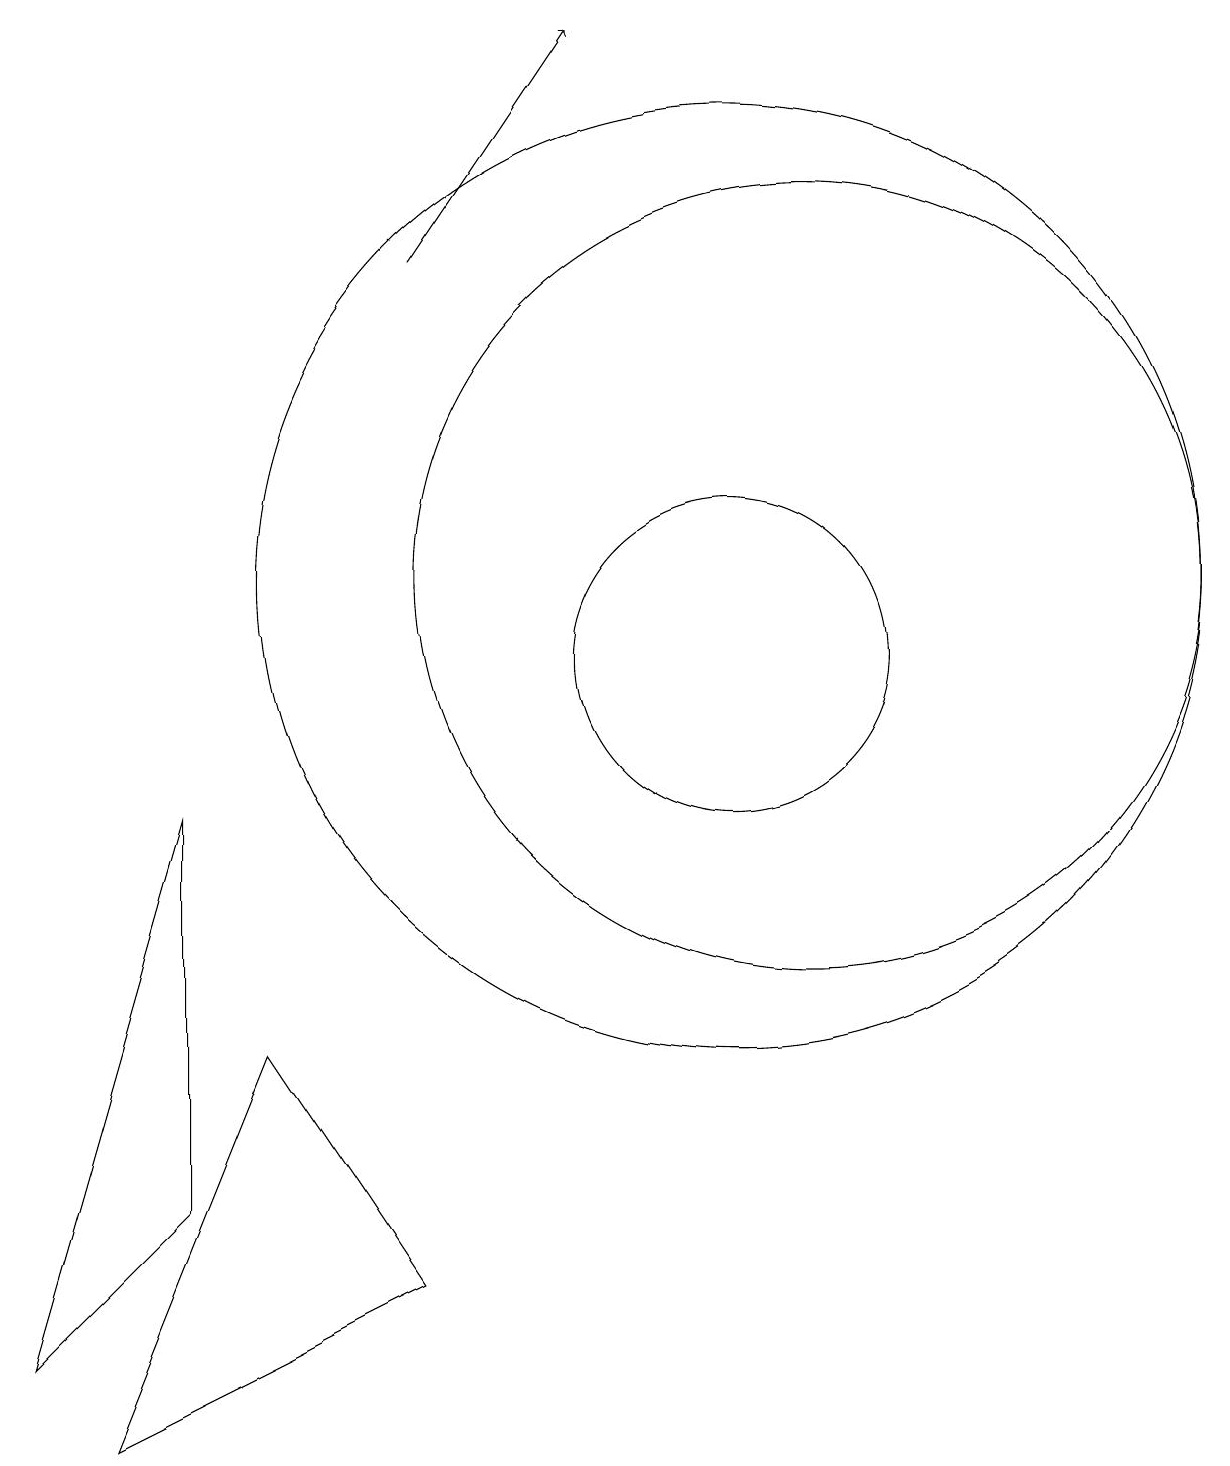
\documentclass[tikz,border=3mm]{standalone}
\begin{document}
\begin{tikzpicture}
\draw (10,11) circle (2);
\draw[->] (6,16) -- (8,19);
\draw (11,12) circle (5);
\draw (3,9) -- (1,2) -- (3,4) -- cycle;
\draw (10,12) circle (6);
\draw (6,3) -- (4,6) -- (2,1) -- cycle;
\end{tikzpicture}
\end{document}